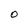
Character: O